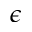
\epsilon